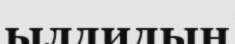
ылдидың